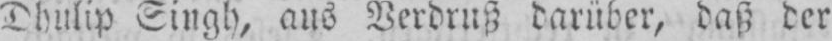
Dhulip Singh, aus Verdruß darüber, daß der